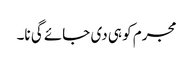
مجرم کو ہی دی جائے گی نا۔